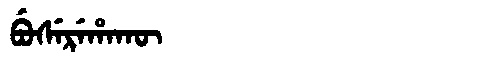
Manchu: ᠪᡠᠰᡝᡵᡝᡥᠠᡴᡡ
Romanization: BUSEREHAKŪ